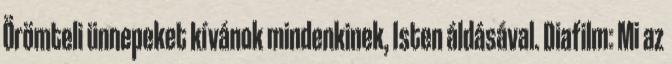
Örömteli ünnepeket kívánok mindenkinek, Isten áldásával. Diafilm: Mi az